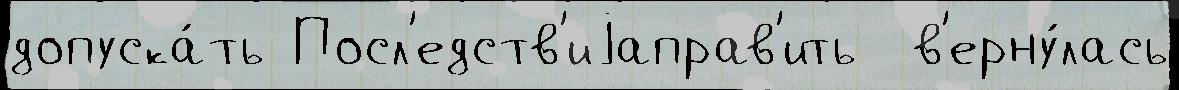
допуска́ть Посл'едств'иjаправ'ить  в'ерну́лась